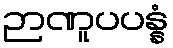
ဉာဏူပပန္နံ